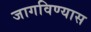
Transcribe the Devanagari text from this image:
जागविण्यास